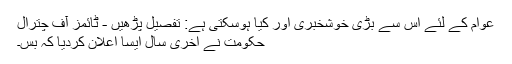
عوام کے لئے اس سے بڑی خوشخبری اور کیا ہوسکتی ہے: تفصیل پڑھیں - ٹائمز آف چترال
حکومت نے آخری سال ایسا اعلان کردیا کہ بس۔